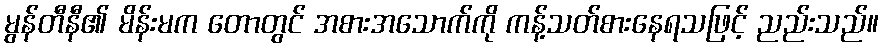
မွန်တီနီ၏ မိန်းမက တောတွင် အစားအသောက်ကို ကန့်သတ်စားနေရသဖြင့် ညည်းသည်။